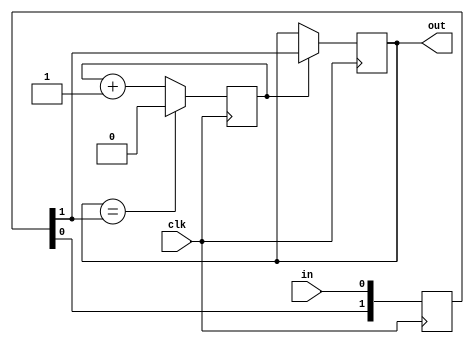
// remove small glitches from async input
module debounce #(
	parameter SYNC_STAGES=2,
	parameter HOLD_STAGES=2
)(
	input clk,
	input in,
	output out
);

function integer clogb2 (input integer size);
begin
	size = size - 1;
	for (clogb2=1; size>1; clogb2=clogb2+1)
		size = size >> 1;
end
endfunction
localparam TMR_BITS=clogb2(HOLD_STAGES);

(*ASYNC_REG="TRUE"*)
reg [SYNC_STAGES-1:0] sync;
always @(posedge clk)
begin
	sync <= {sync, in};
end

wire current = sync[SYNC_STAGES-1];
reg previous;
reg [TMR_BITS-1:0] timer;
initial begin
	previous = 0;
	timer = 0;
end
always @(posedge clk)
begin
	if(previous == current) begin
		timer <= 0;
	end
	else begin
		timer <= timer+1;
	end
end
always @(posedge clk)
begin
	if(timer == HOLD_STAGES-1) begin
		previous <= current;
	end
end
assign out = previous;

endmodule